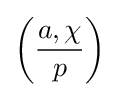
\left({\frac {a,\chi }{p}}\right)